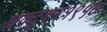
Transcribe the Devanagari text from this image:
अक्टूबर१९५७